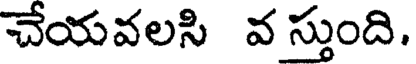
చేయవలసి వ స్తుంది.